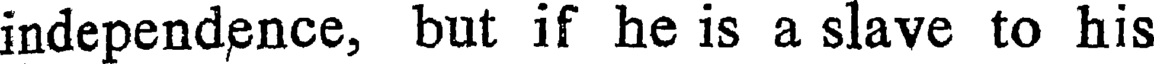
independence, but if he is a slave to his